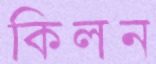
কিলন